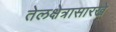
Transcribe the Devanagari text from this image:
तेलक्षेत्रासारखे